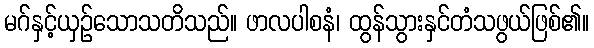
မဂ်နှင့်ယှဉ်သောသတိသည်။ ဖာလပါစနံ၊ ထွန်သွားနှင်တံသဖွယ်ဖြစ်၏။